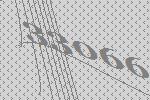
33066